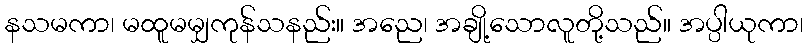
နသမကာ၊ မထူမမျှကုန်သနည်း။ အညေ၊ အချို့သောလူတို့သည်။ အပ္ပါယုကာ၊